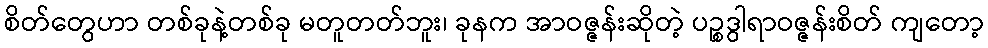
စိတ်တွေဟာ တစ်ခုနဲ့တစ်ခု မတူတတ်ဘူး၊ ခုနက အာဝဇ္ဇန်းဆိုတဲ့ ပဉ္စဒွါရာဝဇ္ဇန်းစိတ် ကျတော့